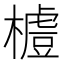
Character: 𣛼